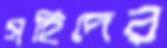
সহিদের